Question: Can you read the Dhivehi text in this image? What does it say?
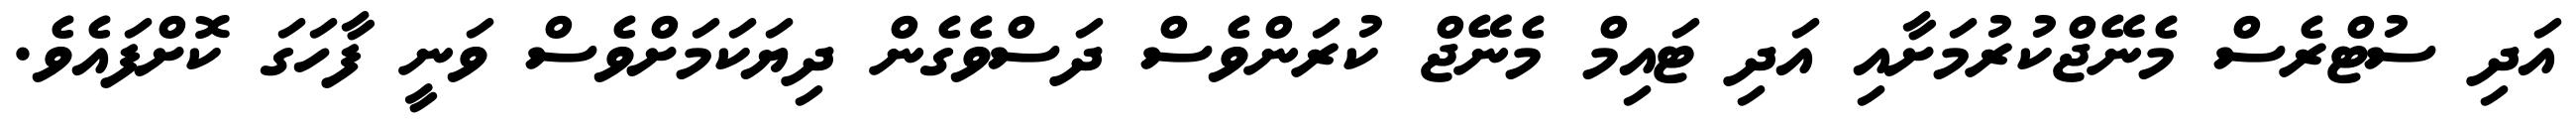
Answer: އަދި ސުޓްރެސް މެނޭޖްކުރުމަށާއި އަދި ޓައިމް މެނޭޖް ކުރަންވެސް ދަސްވެގެން ދިޔަކަމަށްވެސް ވަނީ ފާހަގަ ކޮށްފައެވެ.